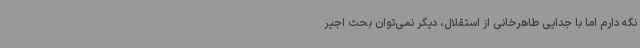
نگه دارم اما با جدایی طاهرخانی از استقلال، دیگر نمی‌توان بحث اجیر